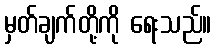
မှတ်ချက်တို့ကို ရေးသည်။